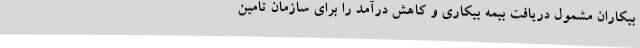
بیکاران مشمول دریافت بیمه بیکاری و کاهش درآمد را برای سازمان تامین